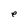
Character: e